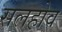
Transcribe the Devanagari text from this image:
सलहोव